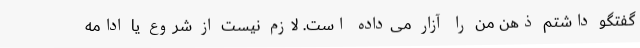
گفتگو داشتم ذهن من را آزار می‌داده است. لازم نیست از شروع یا ادامه